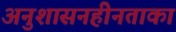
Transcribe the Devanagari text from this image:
अनुशासनहीनताका